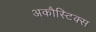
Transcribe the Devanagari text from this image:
अकौस्टिक्स